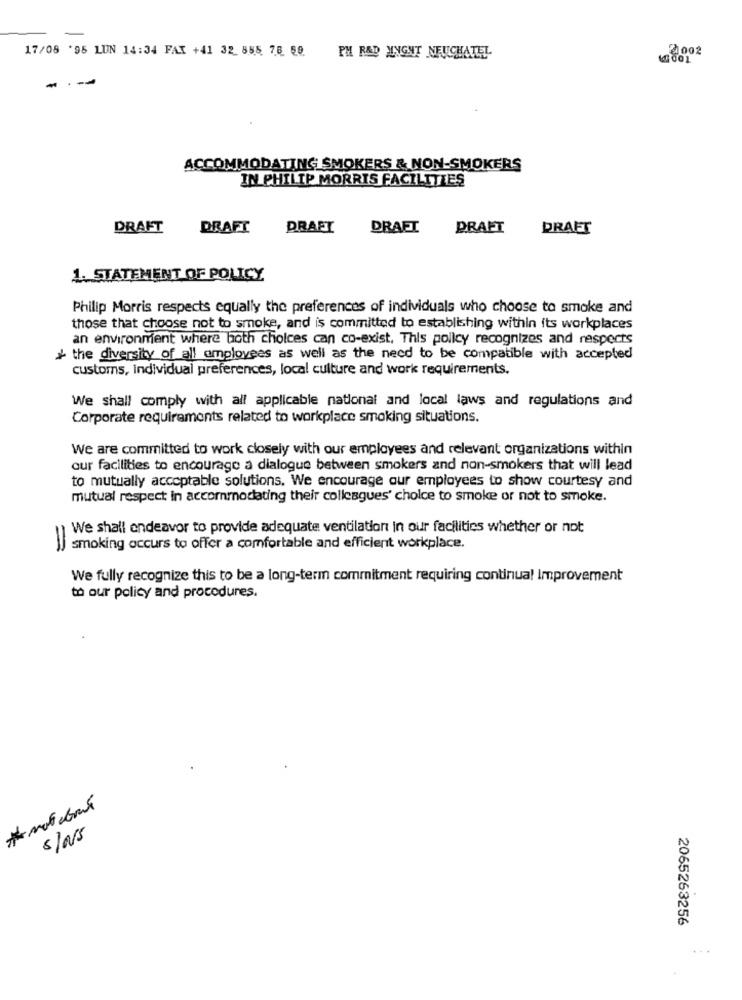
17/08 '96 LUN 14:34 FAX +41 32 855 78 59
2002
PH RAD INGNT NEUCHATEL
-
-
ACCOMMODATING SMOKERS & NON-SMOKERS
IN PHILIP MORRIS FACILITIES
DRAFT
DRAFT
DRAFT
DRAFT
DRAFT
DRAFT
1. STATEMENT OF POLICY
Philip Morris respects equally the preferences of individuals who choose to smoke and
those that choose not to smoke, and is committed to establishing within its workplaces
an environment where both choices can co-exist, This policy recognizes and respects
+ the diversity of all employees as well as the need to be compatible with accepted
customs, individual preferences, local culture and work requirements.
We shall comply with all applicable national and local laws and regulations and
Corporate requirements related to workplace smoking situations.
We are committed to work closely with our employees and relevant organizations within
our facilities to encourage a dialogue between smokers and non-smokers that will lead
to mutually acceptable solutions. We encourage our employees to show courtesy and
mutual respect in accommodating their colleagues' choice to smoke or not to smoke.
We shall endeavor to provide adequate ventilation in our facilities whether or not
smoking occurs to offer a comfortable and efficient workplace.
We fully recognize this to be a long-term commitment requiring continua! Improvement
to our policy and procedures.
5/NS
2065263256